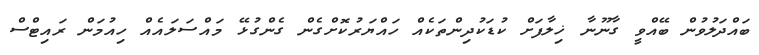
ބައްދަލުވުން ބޭއްވީ ގާނޫނާ ޚިލާފަށް ކުޑަކުދިންތަކެއް ހައްޔަރުކޮށްގެން ގެންގުޅޭ މައްސަލައެއް ހިއުމަން ރައިޓްސް